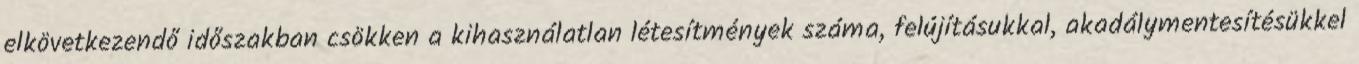
elkövetkezendő időszakban csökken a kihasználatlan létesítmények száma, felújításukkal, akadálymentesítésükkel